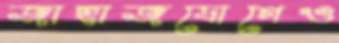
জাহাজযোগেও